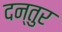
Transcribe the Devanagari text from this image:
दन्तुर